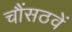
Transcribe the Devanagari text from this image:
चौंसठवें